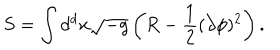
S = \int d ^ { d } x \sqrt { - g } \left( R - \frac { 1 } { 2 } ( \partial \phi ) ^ { 2 } \right) .